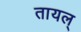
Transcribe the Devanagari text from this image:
तायल्